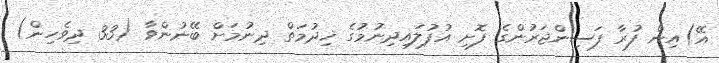
އޭ)އިން ފުރާ ފަސިންޖަރުންގެ ފޮށި އުފުލައިދިނުމުގެ ޚިދުމަތް ދިނުމަށް ބޭނުންވާ (33 ދިވެހިން)